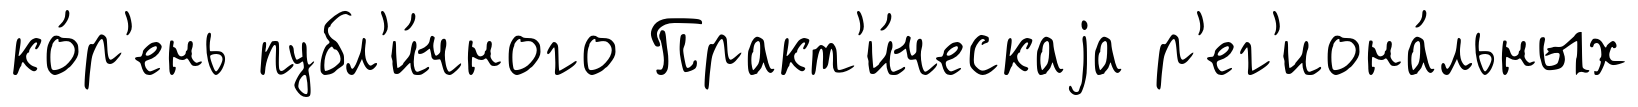
ко́р'ень публ'и́чного Практ'и́ческаjа р'ег'иона́льных